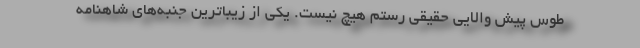
طوس پیش والایی حقیقی رستم هیچ نیست. یکی از زیباترین جنبه‌های شاهنامه